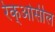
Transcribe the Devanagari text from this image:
रेक्‌ओसील